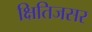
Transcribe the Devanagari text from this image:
क्षितिजसर